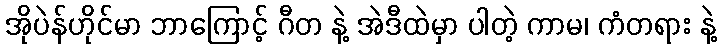
အိုပဲန်ဟိုင်မာ ဘာကြောင့် ဂီတ နဲ့ အဲဒီထဲမှာ ပါတဲ့ ကာမ၊ ကံတရား နဲ့